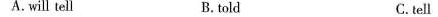
A.will tell B.told C.tell